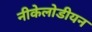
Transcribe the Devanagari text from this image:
नीकेलोडीयन